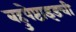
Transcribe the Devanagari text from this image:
बहुपेप्टाइडची